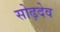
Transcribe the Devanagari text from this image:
सोढ़देव